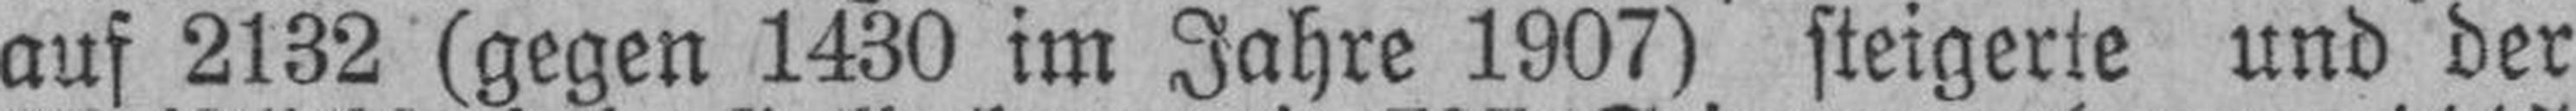
auf 2132 (gegen 1430 im Jahre 1907) steigerte und der